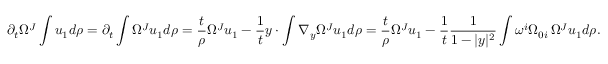
\partial _ { t } \Omega ^ { J } \int u _ { 1 } d \rho = \partial _ { t } \int \Omega ^ { J } u _ { 1 } d \rho = \frac t \rho \Omega ^ { J } u _ { 1 } - \frac 1 t y \cdot \int \nabla _ { y } \Omega ^ { J } u _ { 1 } d \rho = \frac t \rho \Omega ^ { J } u _ { 1 } - \frac 1 t \frac { 1 } { 1 - | y | ^ { 2 } } \int \omega ^ { i } \Omega _ { 0 i } \, \Omega ^ { J } u _ { 1 } d \rho .